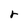
Character: r